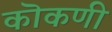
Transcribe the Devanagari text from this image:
कॊकणी